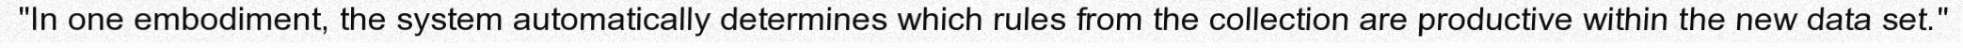
"In one embodiment, the system automatically determines which rules from the collection are productive within the new data set."